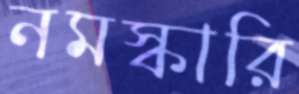
নমস্কারি